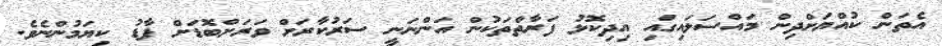
އެތަން ކުއްޔަށްދިން މައްސަލައިގައި އިދިކޮޅު ފަރާތްތަކުން އަންނަނީ ސަރުކާރަށް ވަރަށްބޮޑަށް ފާޑު ކިޔަމުންނެވެ.